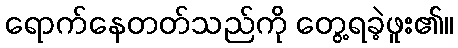
ရောက်နေတတ်သည်ကို တွေ့ရခဲ့ဖူး၏။